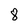
Character: 8